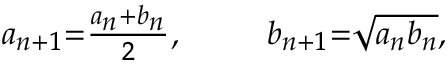
\scriptstyle a _ { n + 1 } = { \frac { a _ { n } + b _ { n } } { 2 } } , \quad \quad b _ { n + 1 } = { \sqrt { a _ { n } b _ { n } } } ,